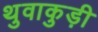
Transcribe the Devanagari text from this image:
थुवाकुड़ी